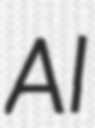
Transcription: Al